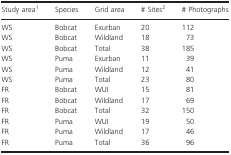
| Study areaa | Species | Grid area | # Sitesb | # Photographs |
 | --- | --- | --- | --- | --- |
 | WS | Bobcat | Exurban | 20 | 112 |
 | WS | Bobcat | Wildland | 18 | 73 |
 | WS | Bobcat | Total | 38 | 185 |
 | WS | Puma | Exurban | 11 | 39 |
 | WS | Puma | Wildland | 12 | 41 |
 | WS | Puma | Total | 23 | 80 |
 | FR | Bobcat | WUI | 15 | 81 |
 | FR | Bobcat | Wildland | 17 | 69 |
 | FR | Bobcat | Total | 32 | 150 |
 | FR | Puma | WUI | 19 | 50 |
 | FR | Puma | Wildland | 17 | 46 |
 | FR | Puma | Total | 36 | 96 |